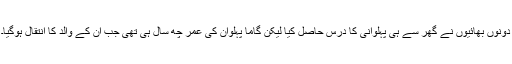
دونوں بھائیوں نے گھر سے ہی پہلوانی کا درس حاصل کیا لیکن گاما پہلوان کی عمر چھ سال ہی تھی جب ان کے والد کا انتقال ہوگیا۔